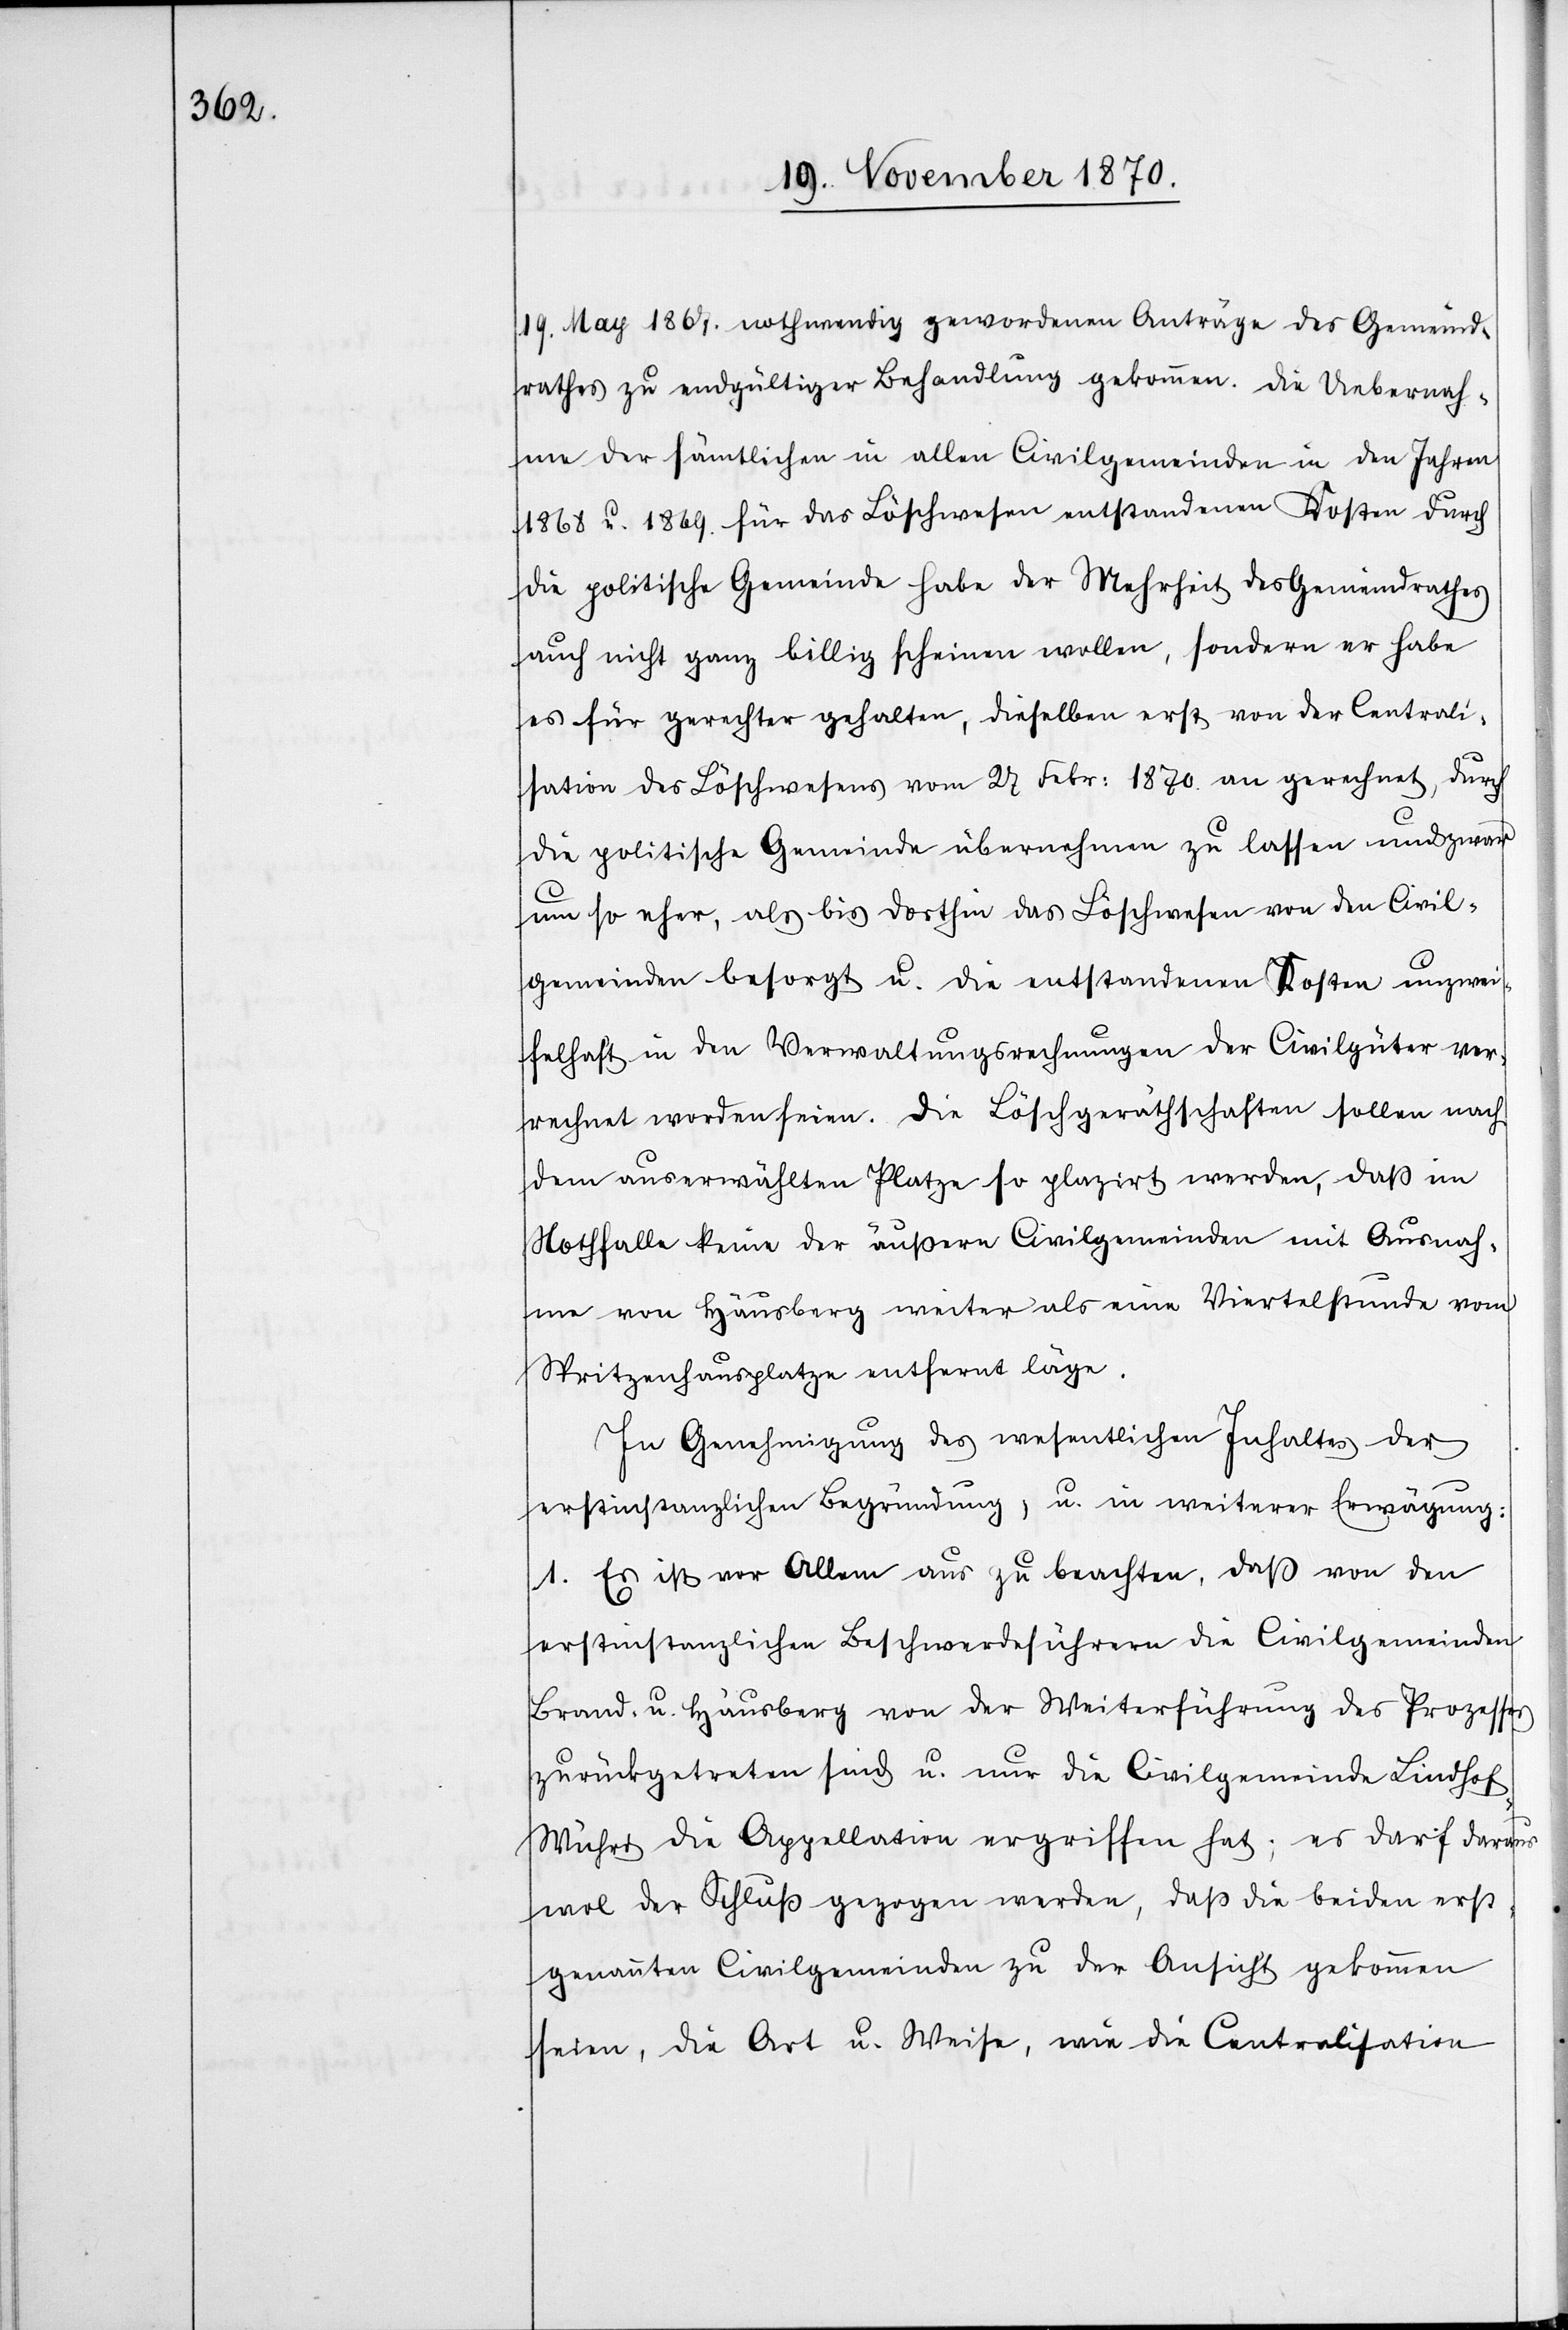
19. May 1867. nothwendig gewordenen Anträge des Gemeind¬
rathes zu endgültiger Behandlung gekommen. Die Uebernah¬
me der sämtlichen in allen Civilgemeinden in den Jahren
1868 u. 1869. für das Löschwesen entstandenen Kosten durch
die politische Gemeinde habe der Mehrheit des Gemeindrathes
auch nicht ganz billig scheinen wollen, sondern er habe
es für gerechter gehalten, dieselben erst von der Centrali¬
sation des Löschwesens vom 27 Febr: 1870 an gerechnet, durch
die politische Gemeinde übernehmen zu lassen und zwar
um so eher, als bis dorthin das Löschwesen von den Civil¬
gemeinden besorgt u. die entstandenen Kosten unzwei¬
felhaft in den Verwaltungsrechnungen der Civilgüter ver¬
rechnet worden seien. Die Löschgeräthschaften sollen nach
dem auserwählten Platze so plazirt werden, daß im
Nothfalle keine der äußern Civilgemeinden mit Ausnah¬
me von Hausberg weiter als eine Viertelstunde vom
Spritzenhausplatze entfernt läge.
In Genehmigung des wesentlichen Inhaltes der
erstinstanzlichen Begründung, u. in weiterer Erwägung:
1. Es ist vor Allem aus zu beachten, daß von den
erstinstanzlichen Beschwerdeführern die Civilgemeinden
Brand u. Hausberg von der Weiterführung des Prozesses
zurückgetreten sind u. nur die Civilgemeinde Lindhof-W¬
ühri die Appellation ergriffen hat; es darf daraus
wol der Schluß gezogen werden, daß die beiden erst¬
genannten Civilgemeinden zu der Ansicht gekommen
seien, die Art u. Weise, wie die Centralisation